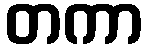
တကာ